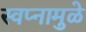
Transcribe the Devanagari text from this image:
स्वप्नामुळे